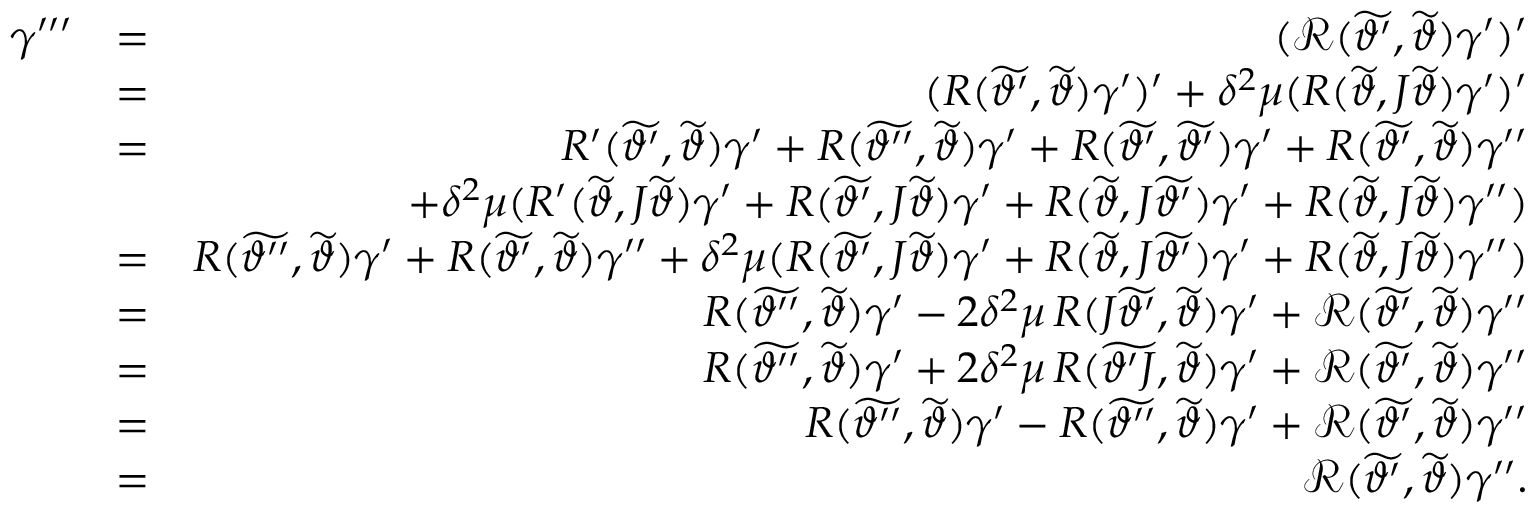
\begin{array} { r l r } { \gamma ^ { \prime \prime \prime } } & { = } & { ( \mathcal { R } ( \widetilde { \vartheta ^ { \prime } } , \widetilde { \vartheta } ) \gamma ^ { \prime } ) ^ { \prime } } \\ & { = } & { ( R ( \widetilde { \vartheta ^ { \prime } } , \widetilde { \vartheta } ) \gamma ^ { \prime } ) ^ { \prime } + \delta ^ { 2 } \mu ( R ( \widetilde { \vartheta } , J \widetilde { \vartheta } ) \gamma ^ { \prime } ) ^ { \prime } } \\ & { = } & { R ^ { \prime } ( \widetilde { \vartheta ^ { \prime } } , \widetilde { \vartheta } ) \gamma ^ { \prime } + R ( \widetilde { \vartheta ^ { \prime \prime } } , \widetilde { \vartheta } ) \gamma ^ { \prime } + R ( \widetilde { \vartheta ^ { \prime } } , \widetilde { \vartheta ^ { \prime } } ) \gamma ^ { \prime } + R ( \widetilde { \vartheta ^ { \prime } } , \widetilde { \vartheta } ) \gamma ^ { \prime \prime } } \\ & { } & { + \delta ^ { 2 } \mu ( R ^ { \prime } ( \widetilde { \vartheta } , J \widetilde { \vartheta } ) \gamma ^ { \prime } + R ( \widetilde { \vartheta ^ { \prime } } , J \widetilde { \vartheta } ) \gamma ^ { \prime } + R ( \widetilde { \vartheta } , J \widetilde { \vartheta ^ { \prime } } ) \gamma ^ { \prime } + R ( \widetilde { \vartheta } , J \widetilde { \vartheta } ) \gamma ^ { \prime \prime } ) } \\ & { = } & { R ( \widetilde { \vartheta ^ { \prime \prime } } , \widetilde { \vartheta } ) \gamma ^ { \prime } + R ( \widetilde { \vartheta ^ { \prime } } , \widetilde { \vartheta } ) \gamma ^ { \prime \prime } + \delta ^ { 2 } \mu ( R ( \widetilde { \vartheta ^ { \prime } } , J \widetilde { \vartheta } ) \gamma ^ { \prime } + R ( \widetilde { \vartheta } , J \widetilde { \vartheta ^ { \prime } } ) \gamma ^ { \prime } + R ( \widetilde { \vartheta } , J \widetilde { \vartheta } ) \gamma ^ { \prime \prime } ) } \\ & { = } & { R ( \widetilde { \vartheta ^ { \prime \prime } } , \widetilde { \vartheta } ) \gamma ^ { \prime } - 2 \delta ^ { 2 } \mu \, R ( J \widetilde { \vartheta ^ { \prime } } , \widetilde { \vartheta } ) \gamma ^ { \prime } + \mathcal { R } ( \widetilde { \vartheta ^ { \prime } } , \widetilde { \vartheta } ) \gamma ^ { \prime \prime } } \\ & { = } & { R ( \widetilde { \vartheta ^ { \prime \prime } } , \widetilde { \vartheta } ) \gamma ^ { \prime } + 2 \delta ^ { 2 } \mu \, R ( \widetilde { \vartheta ^ { \prime } J } , \widetilde { \vartheta } ) \gamma ^ { \prime } + \mathcal { R } ( \widetilde { \vartheta ^ { \prime } } , \widetilde { \vartheta } ) \gamma ^ { \prime \prime } } \\ & { = } & { R ( \widetilde { \vartheta ^ { \prime \prime } } , \widetilde { \vartheta } ) \gamma ^ { \prime } - R ( \widetilde { \vartheta ^ { \prime \prime } } , \widetilde { \vartheta } ) \gamma ^ { \prime } + \mathcal { R } ( \widetilde { \vartheta ^ { \prime } } , \widetilde { \vartheta } ) \gamma ^ { \prime \prime } } \\ & { = } & { \mathcal { R } ( \widetilde { \vartheta ^ { \prime } } , \widetilde { \vartheta } ) \gamma ^ { \prime \prime } . } \end{array}